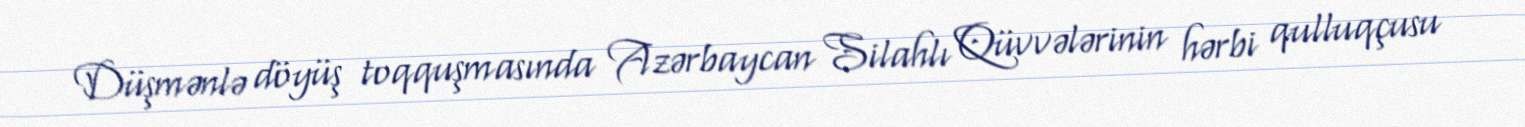
Düşmənlə döyüş toqquşmasında Azərbaycan Silahlı Qüvvələrinin hərbi qulluqçusu